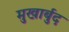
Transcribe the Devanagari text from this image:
मुखार्बुद